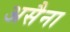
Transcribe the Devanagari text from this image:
असैना